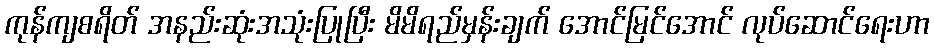
ကုန်ကျစရိတ် အနည်းဆုံးအသုံးပြုပြီး မိမိရည်မှန်းချက် အောင်မြင်အောင် လုပ်ဆောင်ရေးဟာ